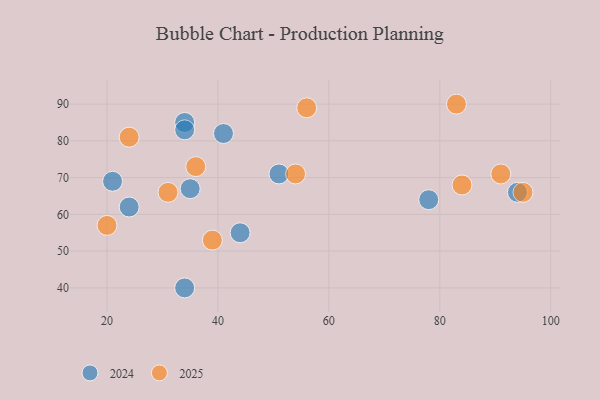
{"axis": {"x": "GDP", "y": "Life Expectancy"}, "legend": ["2024", "2025"], "data": [{"x": "34", "y": 40, "type": "2024"}, {"x": "24", "y": 62, "type": "2024"}, {"x": "35", "y": 67, "type": "2024"}, {"x": "44", "y": 55, "type": "2024"}, {"x": "34", "y": 85, "type": "2024"}, {"x": "41", "y": 82, "type": "2024"}, {"x": "34", "y": 83, "type": "2024"}, {"x": "21", "y": 69, "type": "2024"}, {"x": "51", "y": 71, "type": "2024"}, {"x": "94", "y": 66, "type": "2024"}, {"x": "78", "y": 64, "type": "2024"}, {"x": "20", "y": 57, "type": "2025"}, {"x": "31", "y": 66, "type": "2025"}, {"x": "39", "y": 53, "type": "2025"}, {"x": "36", "y": 73, "type": "2025"}, {"x": "24", "y": 81, "type": "2025"}, {"x": "84", "y": 68, "type": "2025"}, {"x": "95", "y": 66, "type": "2025"}, {"x": "83", "y": 90, "type": "2025"}, {"x": "56", "y": 89, "type": "2025"}, {"x": "54", "y": 71, "type": "2025"}, {"x": "91", "y": 71, "type": "2025"}]}